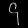
Digit: ၄